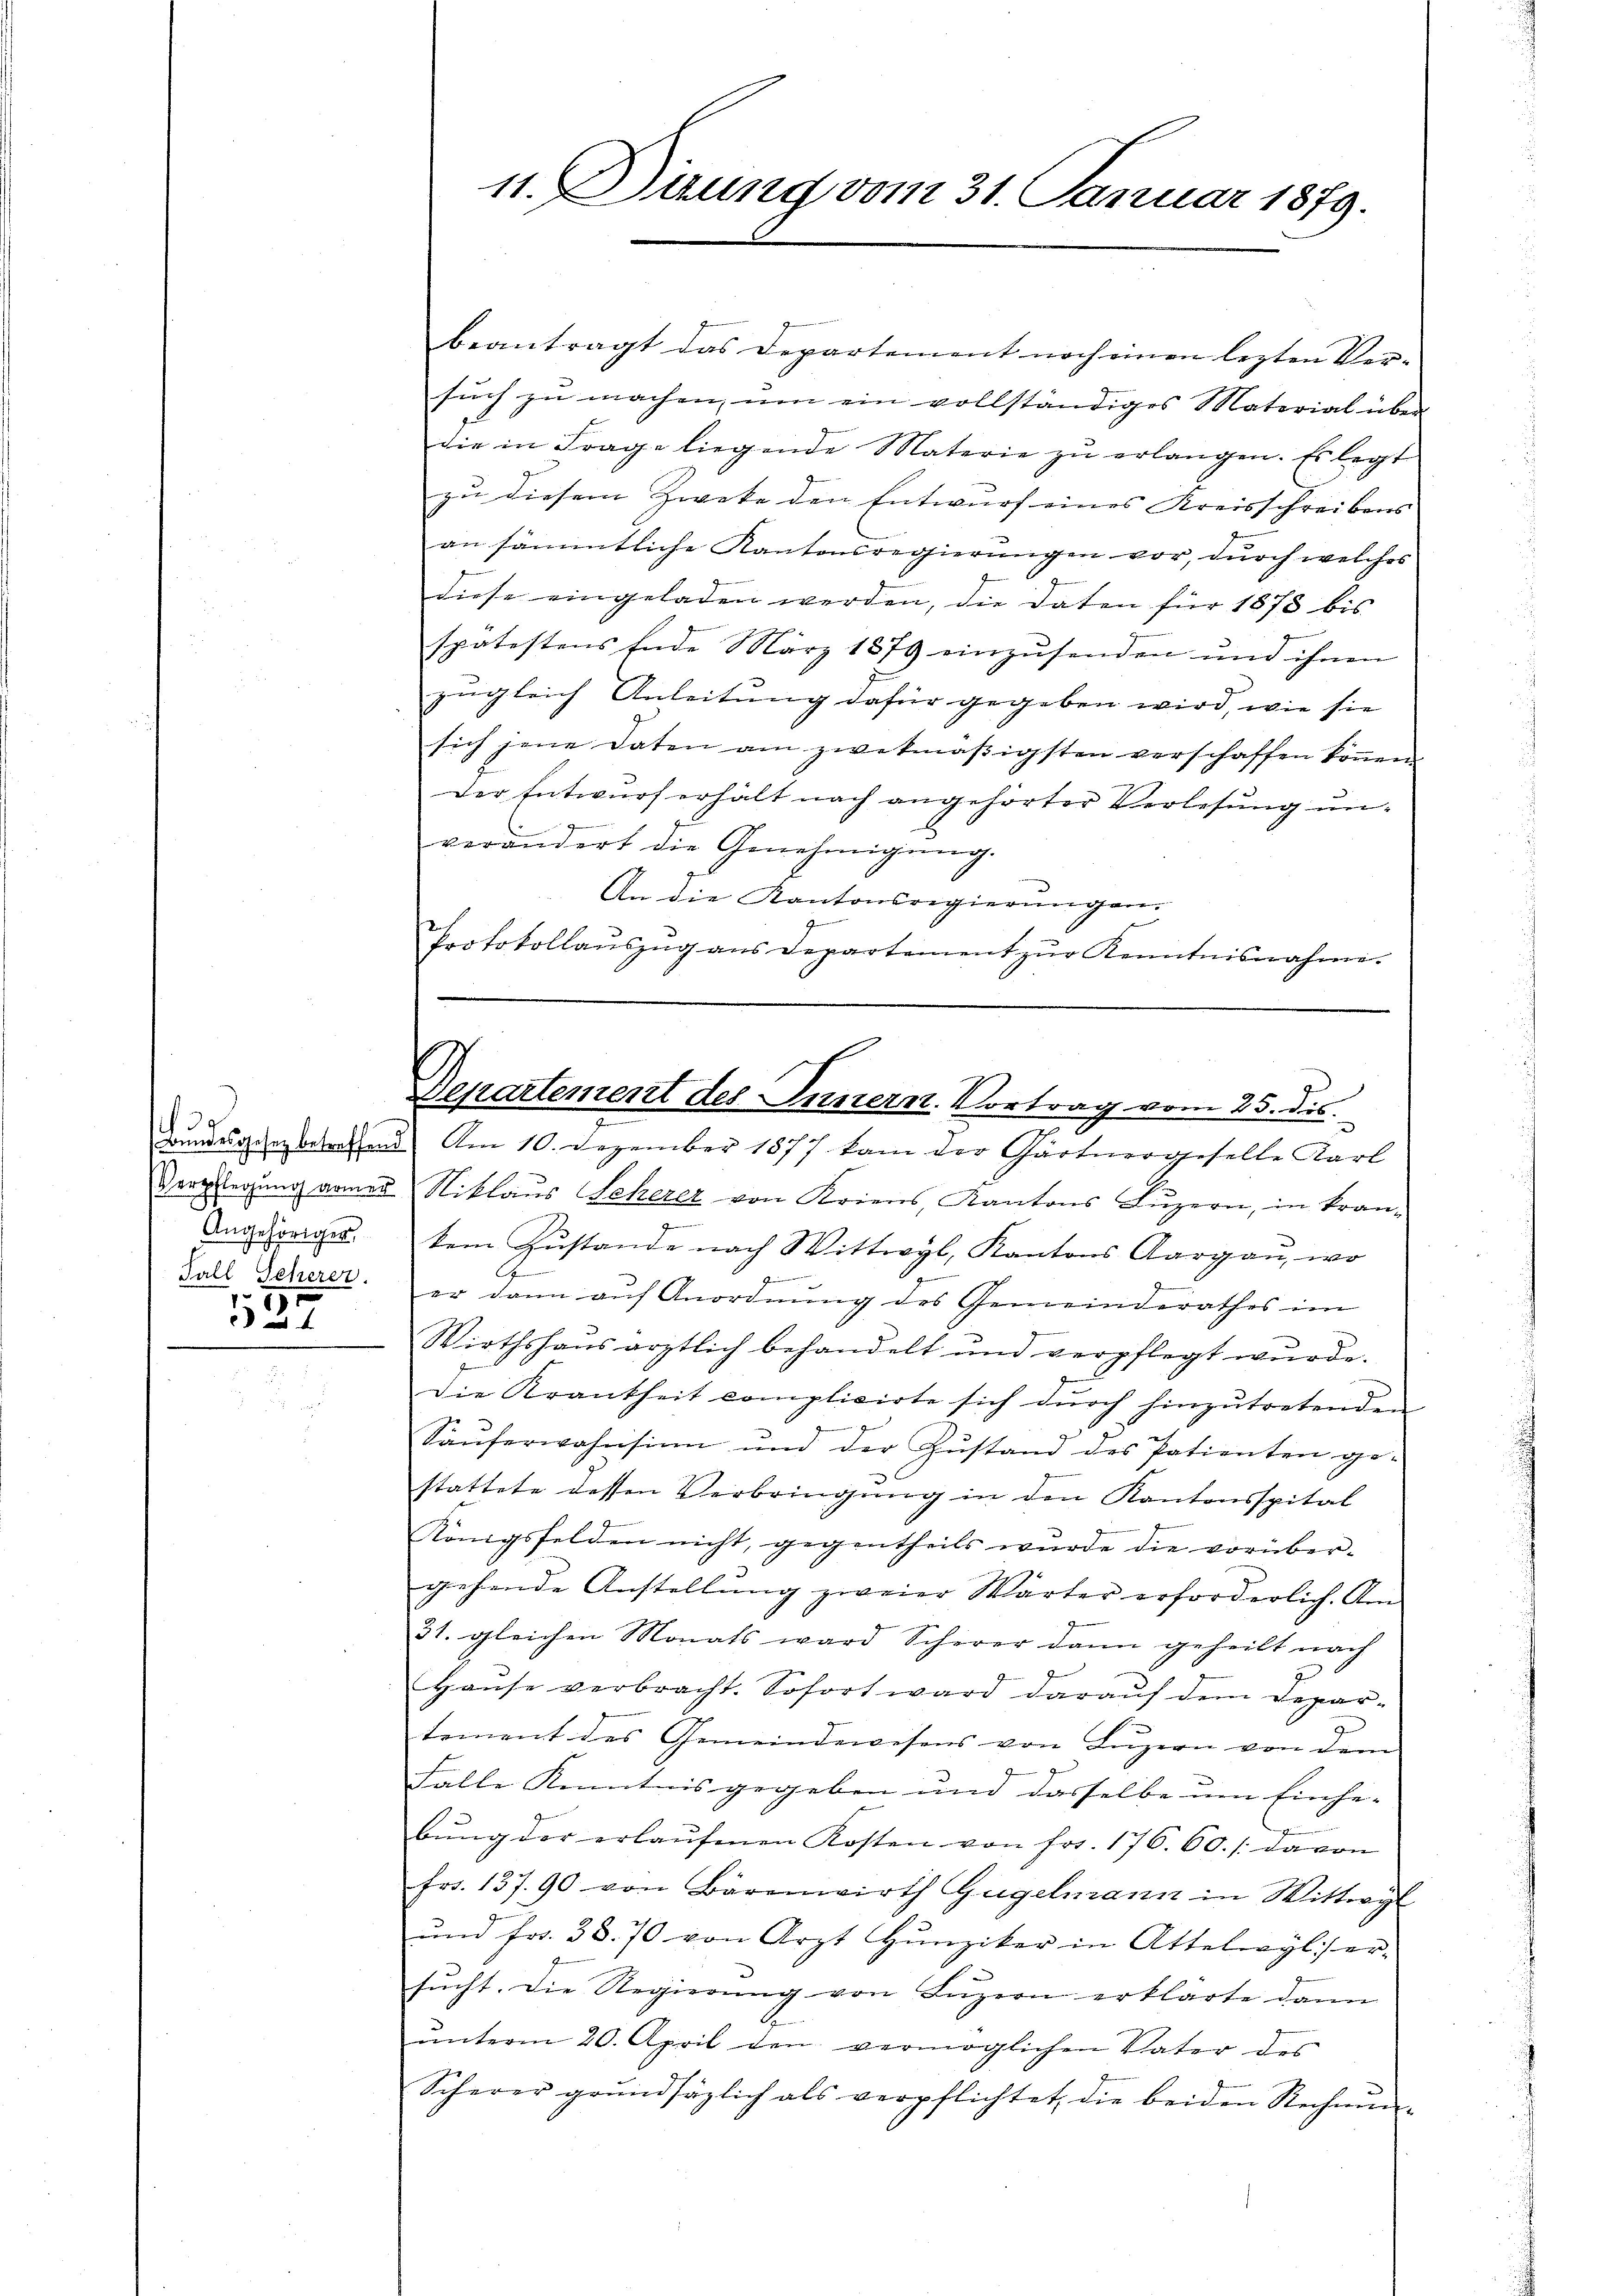
Angehörigen
Fall Seherer.
52

beantragt das Departement noch einen lezten Ver-
sŭch zu machen, um ein vollständiges Material über
die in Frage liegende Materie zŭ erlangen. Es legt
zu diesem Zweke den Entwurf eines Kreisschreibens
an sämmtliche Kantonsregierungen vor, durch welches
diese eingeladen werden, die Daten für 1878 bis
spätestens Ende März 1879 einzŭsenden und ihnen
zugleich Anleitung dafür gegeben wird, wie sie
sich jene Daten am zwekmäβigsten verschaffen köṅen.
Der Entwurf erhält nach angehörter Verlesung un-
verändert die Genehmigŭng.
An die Kantonsregierŭngen.
g
Protokollaŭszŭg ans Departement zŭr Kenntnisnahmi-

11. Diung vom 31. Januar 1879.

Departement des Innern. Vortrag vom 25. dis.

Bundesgehn betreffend Am 10. Dezember 1877 kam der Gärtnergeselle Karl
Verpflegung armen Niklaus Scherer von Kriens, Kantons Luzern, in krantem Zustande nach Wittwyl, Kantons Aargau, wo
G
er dann auf Anordnung des Gemeinderathes im
Wirthshaus ärztlich behandelt und verpflegt wŭrde.
Die Krankheit complicirte sich dŭrch hinzutretenden
Saŭferwahnsinn und der Zŭstand des Patienten ge-
stattete dessen Verbringung in den Kantonsspital
Königsfelden nicht, gegentheils wurde die vorüber-
gehende Anstellŭng zweier Wärter erforderlich. Am
31. gleichen Monats ward Scherer dann geheilt nach
Haŭse verbracht. Sofort ward daraŭf dem Depar-
tement des Gemeindewesens von Luzern von dem
Falle Kenntnis gegeben und dasselbe um Einhe-
bŭng der erlaŭfenen Kosten von Fr. 176. 60. /: davon
frs. 137.90 von Bärenwirth Gugelmann in Wittwyl
ŭnd fr. 38. 70 von Arzt Hunziker in Attelwyler-
sŭcht. Die Regierŭng von Lŭzern erklärte dann
ŭnterm 20. April den vermöglichen Vater des
Scherer grŭndsäglich als verpflichtet, die beiden Rechnŭn-